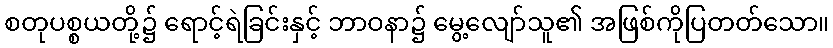
စတုပစ္စယတို့၌ ရောင့်ရဲခြင်းနှင့် ဘာဝနာ၌ မွေ့လျော်သူ၏ အဖြစ်ကိုပြတတ်သော။